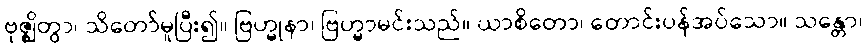
ဗုဇ္ဈိတွာ၊ သိတော်မူပြီး၍။ ဗြဟ္မုနာ၊ ဗြဟ္မာမင်းသည်။ ယာစိတော၊ တောင်းပန်အပ်သော။ သန္တော၊